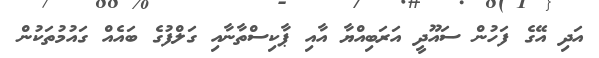
އަދި އޭގެ ފަހުން ސައޫދީ އަރަބިއްޔާ އާއި ޕާކިސްތާނާއި ގަލްފުގެ ބައެއް ގައުމުތަކުން